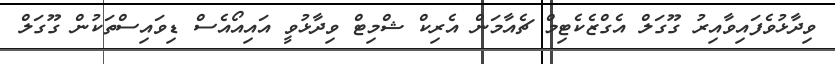
ވިދާޅުވެފައިވާއިރު ގޫގަލް އެގްޒެކެޓިމް ޗެއާމަން އެރިކް ޝްމިޓް ވިދާޅުވީ އައިއޯއެސް ޑިވައިސްތަކުން ގޫގަލް